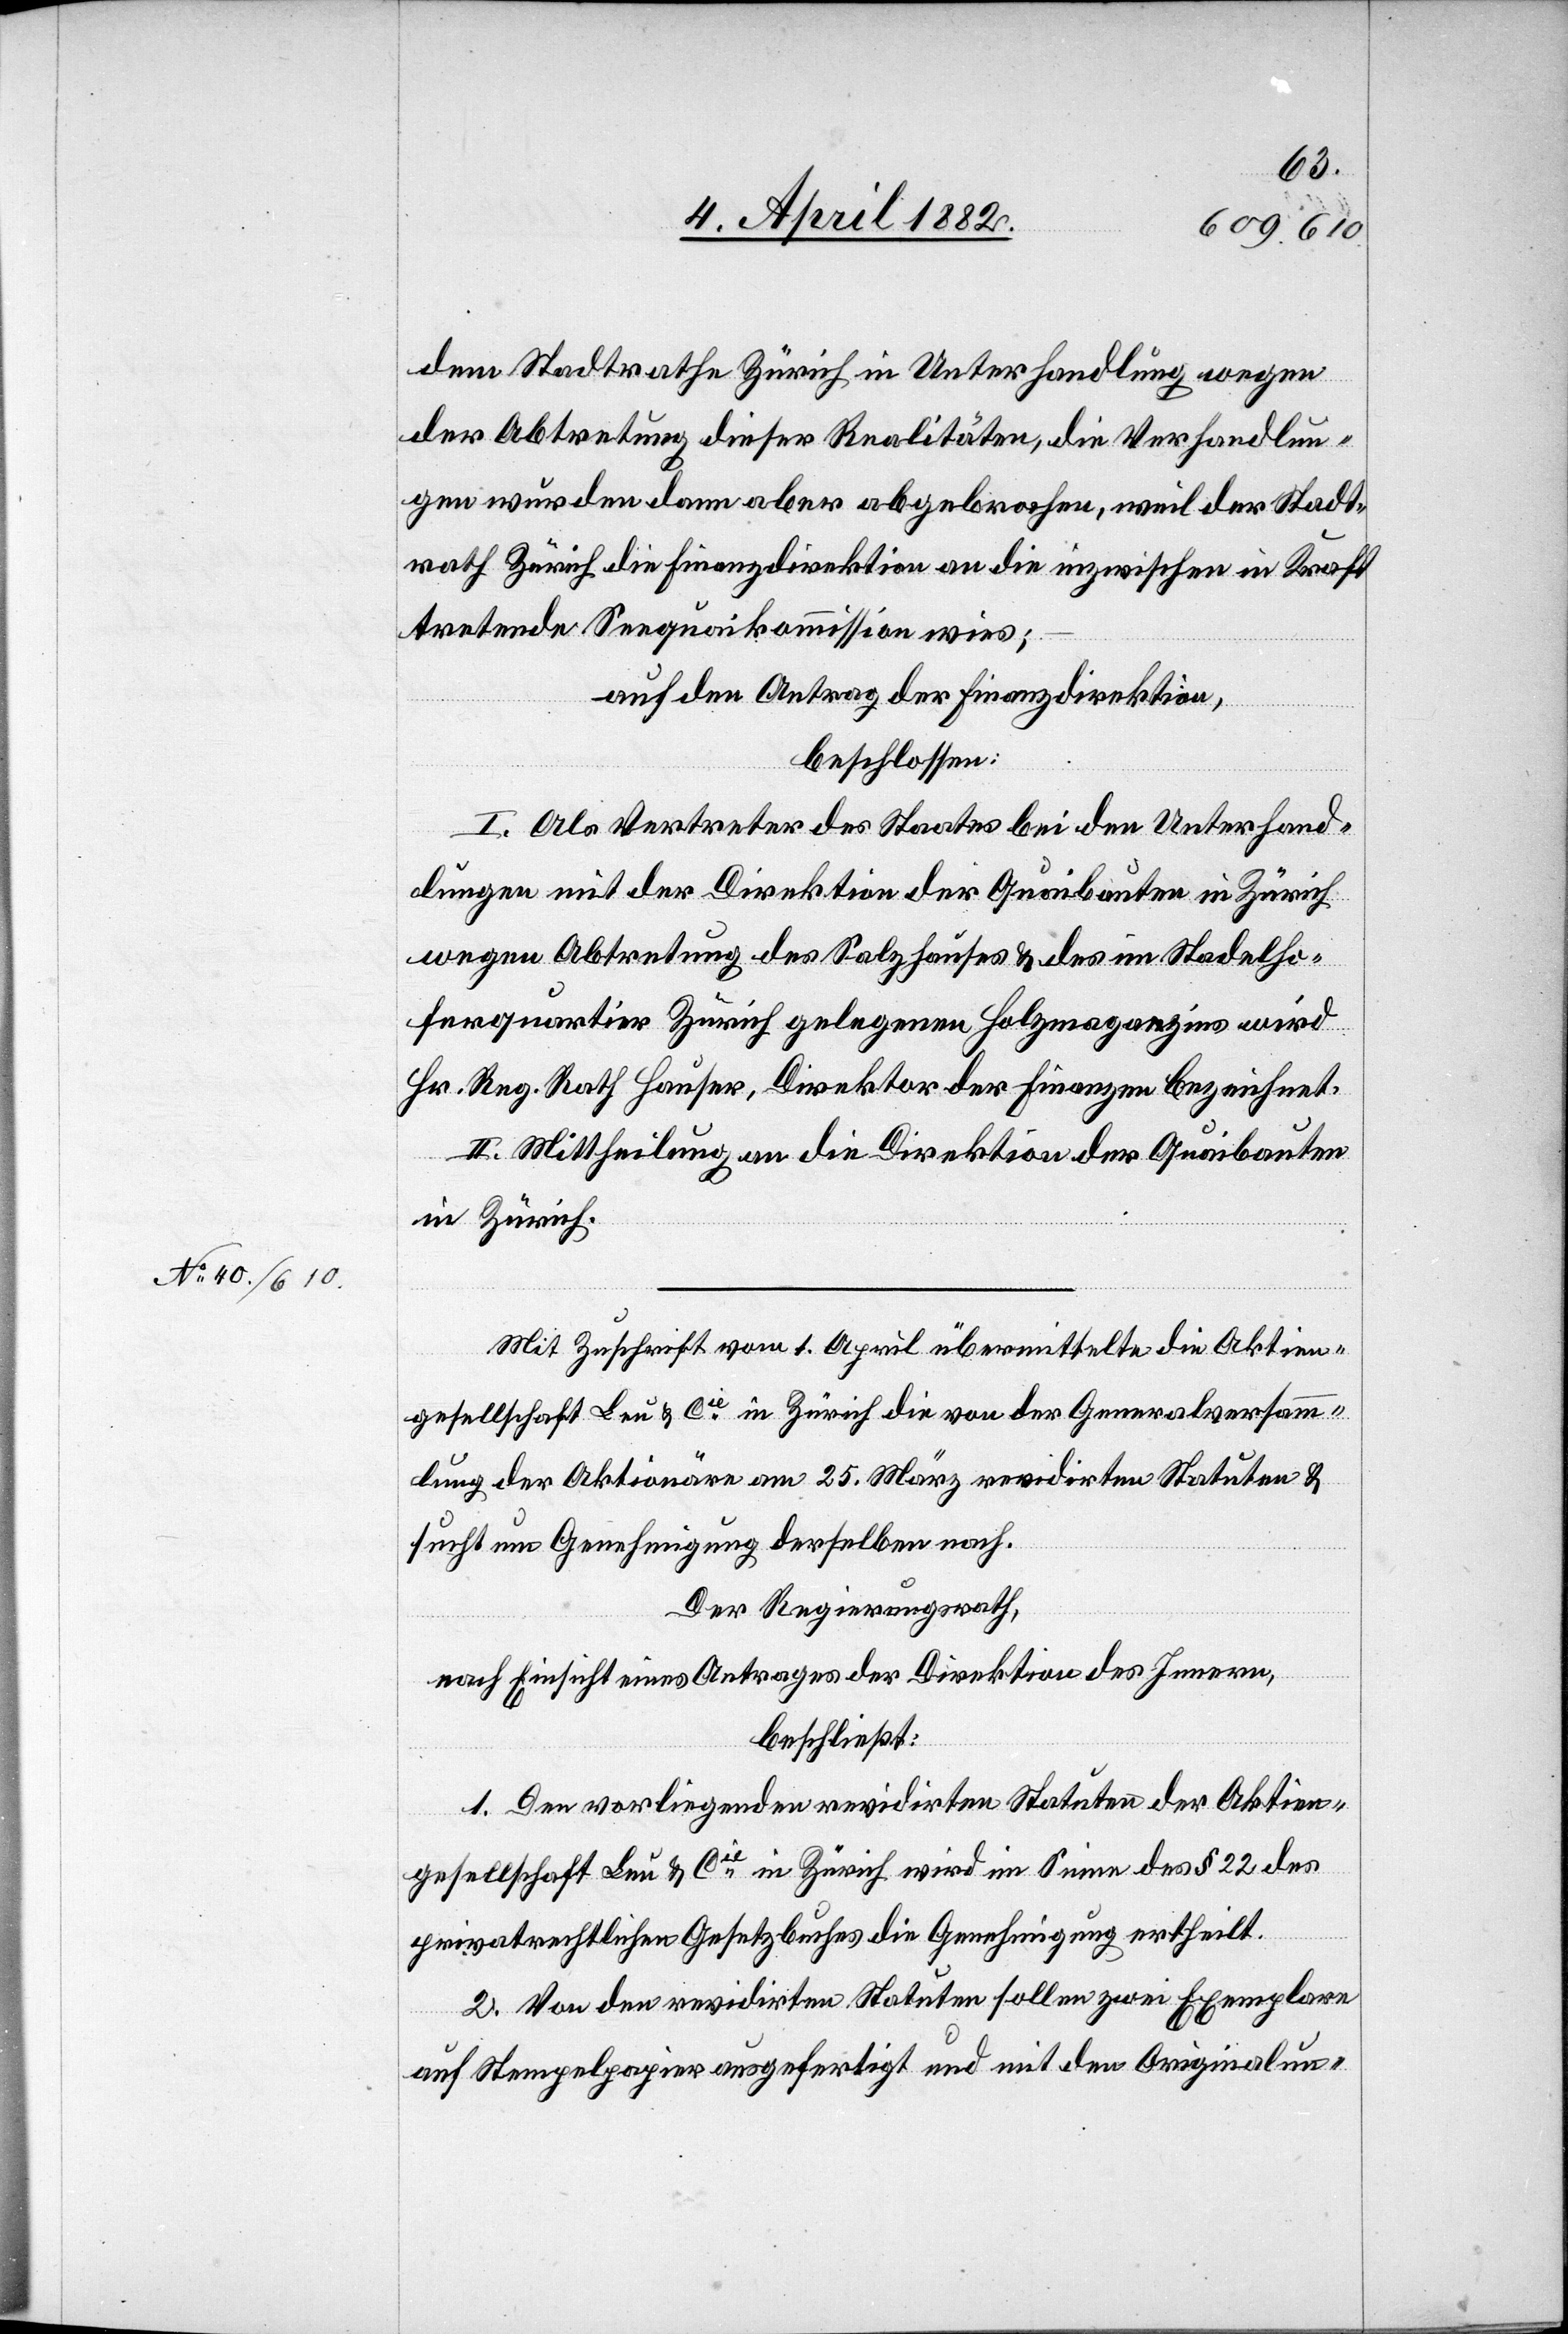
dem Stadtrathe Zürich in Unterhandlung wegen
der Abtretung dieser Realitäten, die Verhandlun¬
gen wurden dann aber abgebrochen, weil der Stadt¬
rath Zürich die Finanzdirektion an die inzwischen in Kraft
tretende Seequaikommission wies;
auf den Antrag der Finanzdirektion,
beschlossen:
I. Als Vertreter des Staates bei den Unterhand¬
lungen mit der Direktion der Quaibauten in Zürich
wegen Abtretung des Salzhauses & des im Stadelho¬
ferquartier Zürich gelegenen Holzmagazins wird
Hr. Reg. Rath Hauser, Direktor der Finanzen bezeichnet.
II. Mittheilung an die Direktion der Quaibauten
in Zürich.
Mit Zuschrift vom 1. April übermittelte die Aktien¬
gesellschaft Leu & Cie in Zürich die von der Generalversamm¬
lung der Aktionäre am 25. März revidirten Statuten &
sucht um Genehmigung derselben nach.
Der Regierungsrath,
nach Einsicht eines Antrages der Direktion des Innern,
beschließt:
1. Den vorliegenden revidirten Statuten der Aktien¬
gesellschaft Leu & Cie in Zürich wird im Sinne des § 22 des
privatrechtlichen Gesetzbuches die Genehmigung ertheilt.
2. Von den revidirten Statuten sollen zwei Exemplare
auf Stempelpapier ausgefertigt und mit den Originalun-